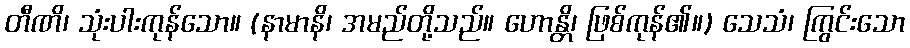
တီဏိ၊ သုံးပါးကုန်သော။ (နာမာနိ၊ အမည်တို့သည်။ ဟောန္တိ၊ ဖြစ်ကုန်၏။) သေသံ၊ ကြွင်းသော